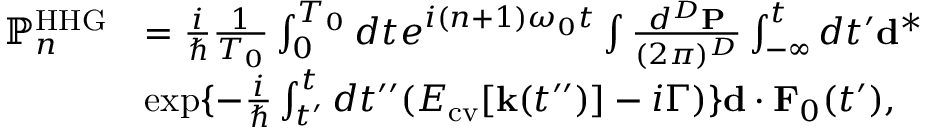
\begin{array} { r l } { \mathbb { P } _ { n } ^ { \mathrm { H H G } } } & { = \frac { i } { \hbar } \frac { 1 } { T _ { 0 } } \int _ { 0 } ^ { T _ { 0 } } d t e ^ { i ( n + 1 ) \omega _ { 0 } t } \int \frac { d ^ { D } { \bf P } } { ( 2 \pi ) ^ { D } } \int _ { - \infty } ^ { t } d t ^ { \prime } { \bf d } ^ { * } } \\ & { \exp \{ - \frac { i } { \hbar } \int _ { t ^ { \prime } } ^ { t } d t ^ { \prime \prime } ( E _ { \mathrm { c v } } [ { \bf k } ( t ^ { \prime \prime } ) ] - i \Gamma ) \} { \bf d } \cdot { \bf F } _ { 0 } ( t ^ { \prime } ) , } \end{array}